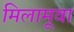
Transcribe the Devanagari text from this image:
मिलामूवा